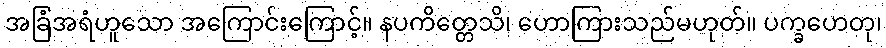
အခြံအရံဟူသော အကြောင်းကြောင့်။ နပကိတ္တေသိ၊ ဟောကြားသည်မဟုတ်။ ပက္ခဟေတု၊